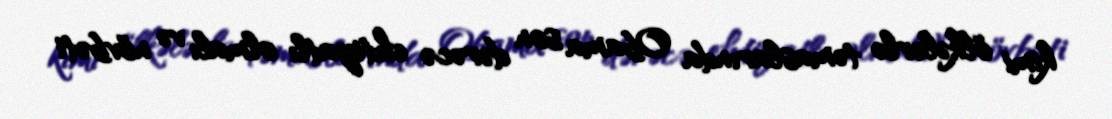
kimi ölkələrlə təmaslarında Obama son dərəcə ehtiyatlı olmalı və növbəti